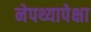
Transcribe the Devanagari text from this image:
नेपथ्यापेक्षा